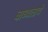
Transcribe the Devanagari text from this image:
बाध्यतायें